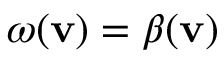
\omega ( { \mathbf v } ) = \beta ( { \mathbf v } )